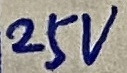
Text: 25V